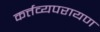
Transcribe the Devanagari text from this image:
कर्त्तव्यपरायण